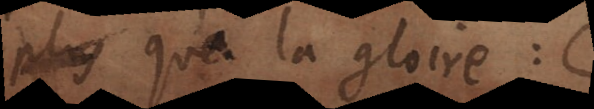
bles qu’à la gloire: